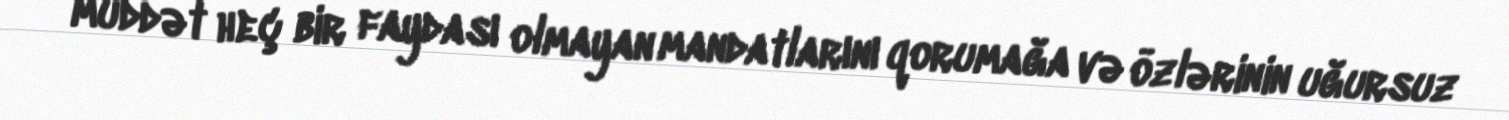
müddət heç bir faydası olmayan mandatlarını qorumağa və özlərinin uğursuz